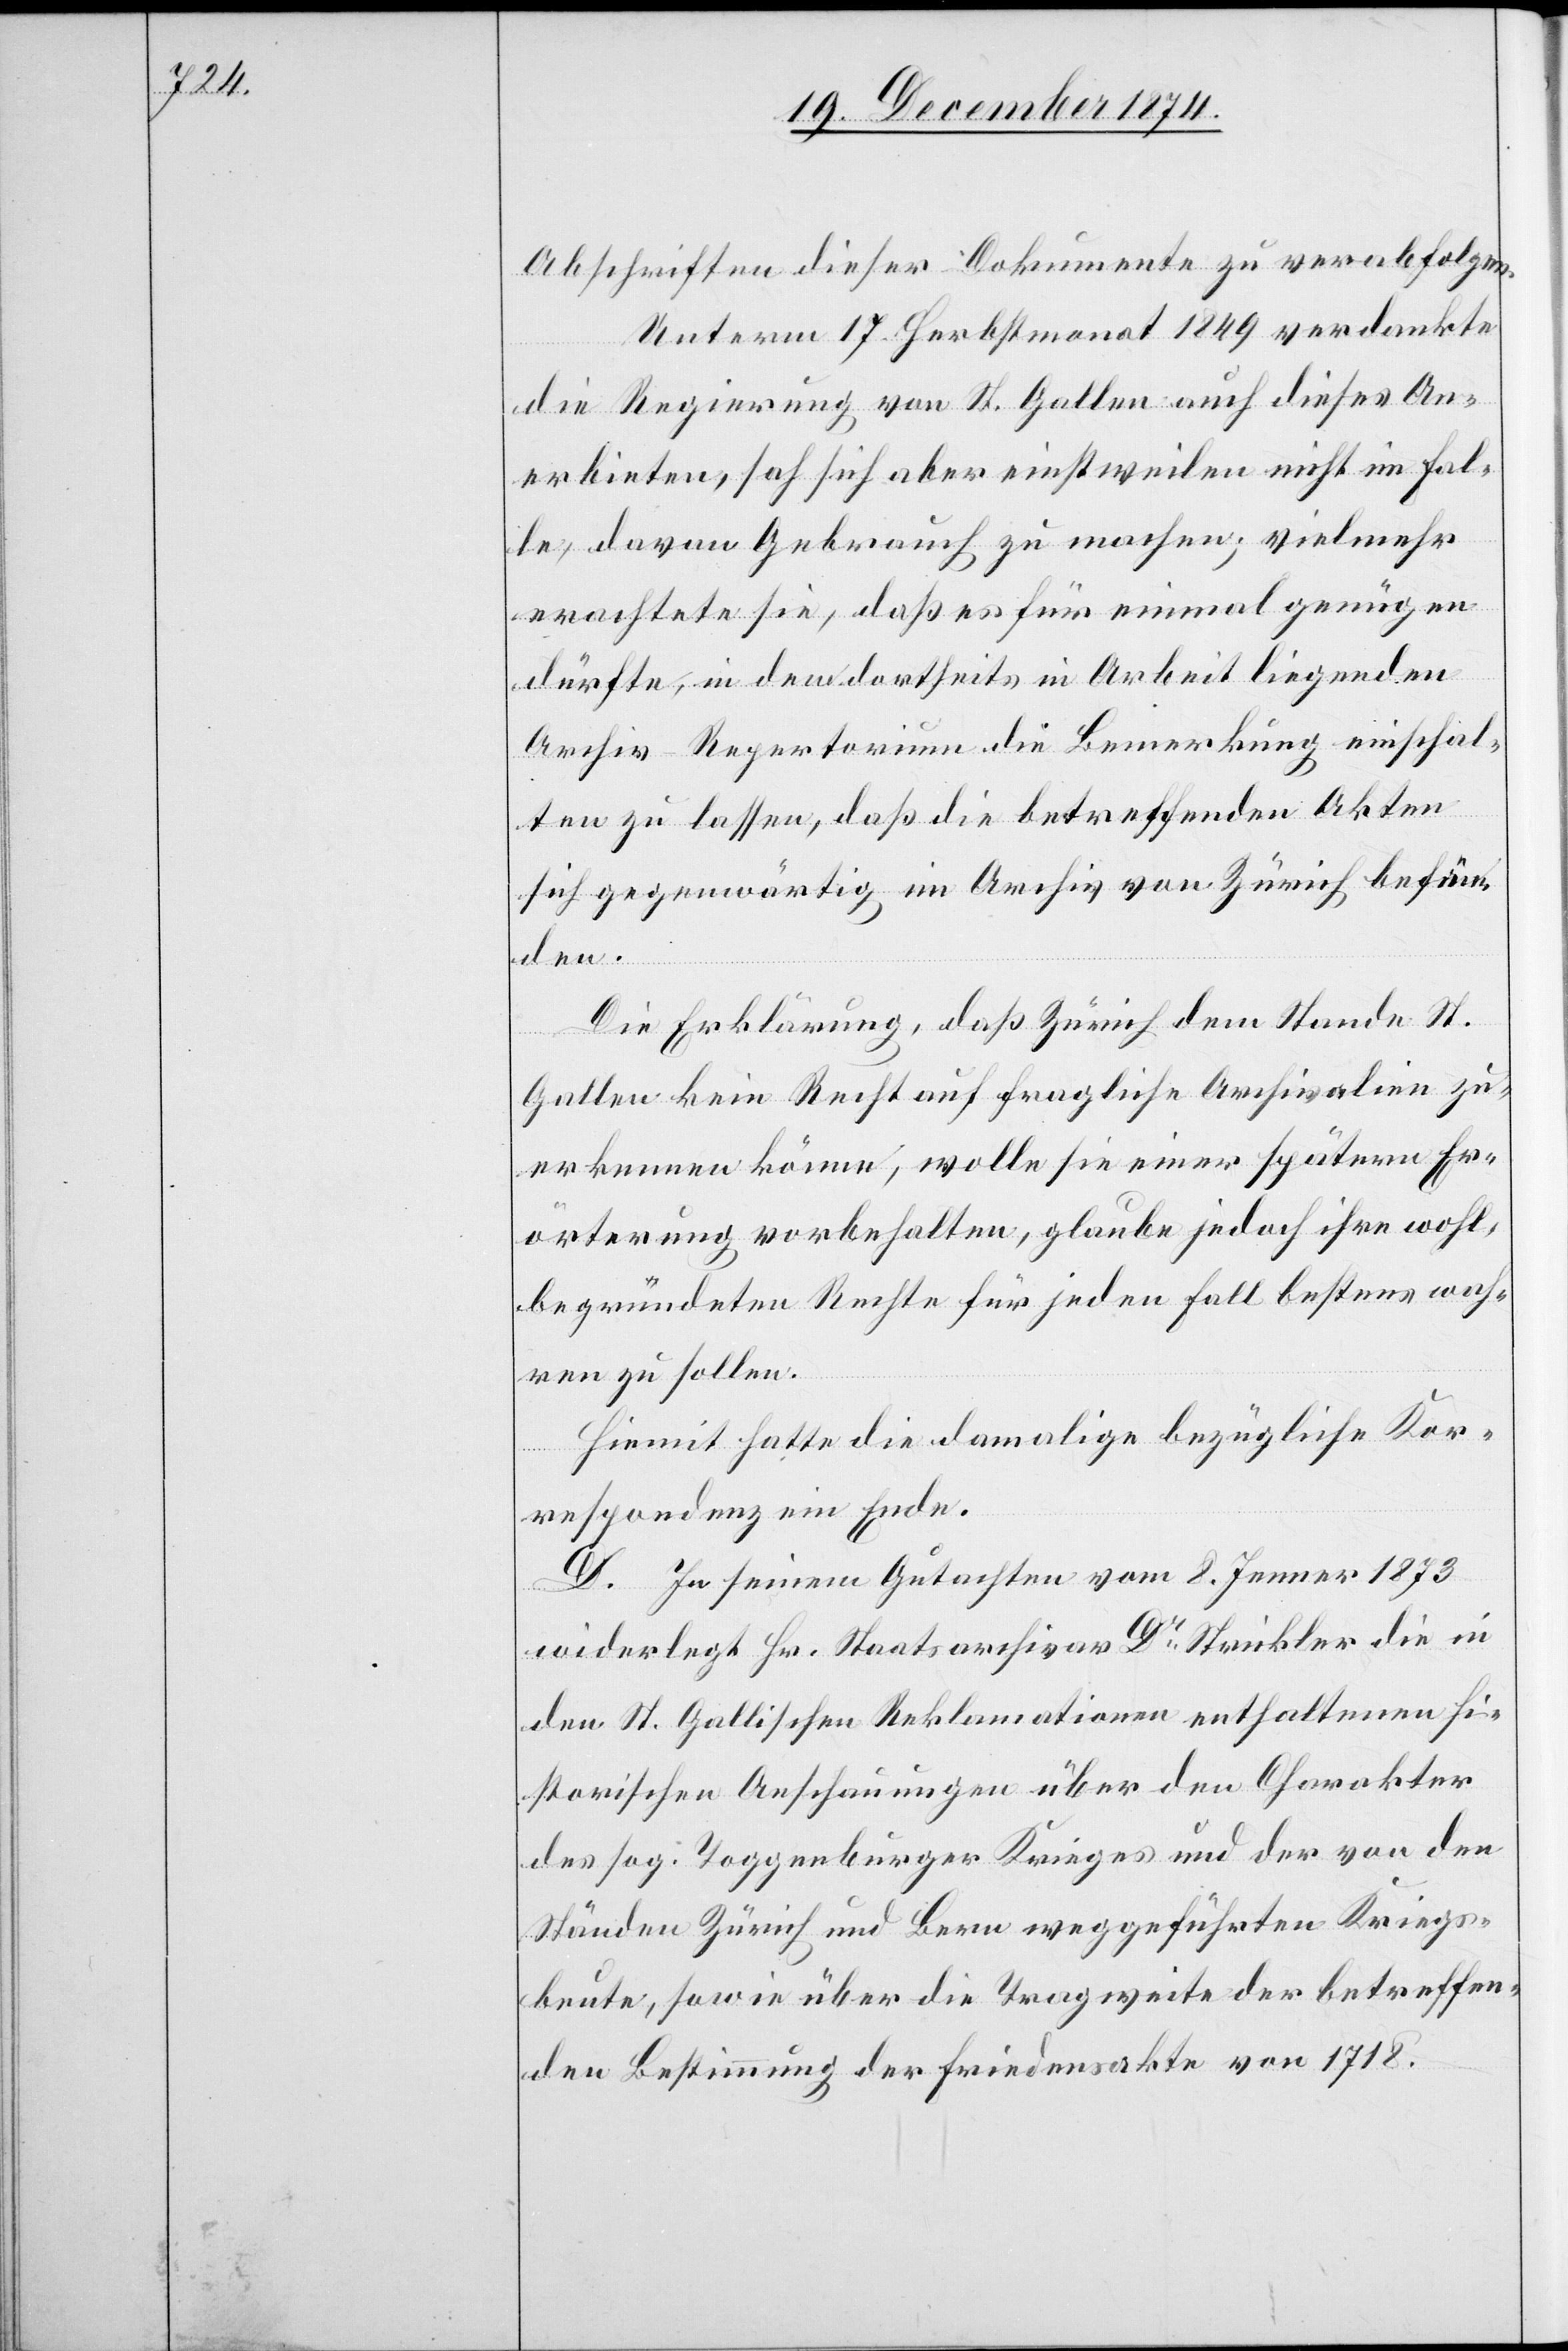
Abschriften dieser Dokumente zu verabfolgen.
Unterm 17. Herbstmonat 1849 verdankte
die Regierung von St. Gallen auch dieses An¬
erbieten, sah sich aber einstweilen nicht im Fal¬
le, davon Gebrauch zu machen; vielmehr
erachtete sie, daß es für einmal genügen
dürfte, in dem dortseits in Arbeit liegenden
Archiv-Repertorium die Bemerkung einschal¬
ten zu lassen, daß die betreffenden Akten
sich gegenwärtig im Archiv von Zürich befän¬
den.
Die Erklärung, daß Zürich dem Stande St.
Gallen kein Recht auf fragliche Archivalien zu¬
erkennen könne, wolle sie einer spätern Er¬
örterung vorbehalten, glaube jedoch ihre wohl¬
begründeten Rechte für jeden Falle bestens wah¬
ren zu sollen.
Hiemit hatte die damalige bezügliche Kor¬
respondenz ein Ende.
D. In seinem Gutachten vom 8. Jenner 1873
widerlegt Hr. Staatsarchivar Dr Strickler die in
dem St. Gallischen Reklamationen enthaltenen hi¬
storischen Anschauungen über den Charakter
des sog. Toggenburger Krieges und der von den
Ständen Zürich und Bern weggeführten Kriegs¬
beute, sowie über die Tragweite der betreffen¬
den Bestimmung der Friedensakte von 1718.